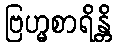
ဗြဟ္မစာရိန္တိ